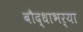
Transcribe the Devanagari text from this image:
बौद्धाभर्या